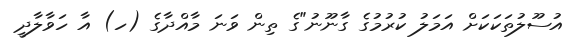
އުސޫލުތަކަކަށް އަމަލު ކުރުމުގެ ގާނޫނު"ގެ ތިން ވަނަ މާއްދާގެ (ހ) އާ ހަވާލާދީ